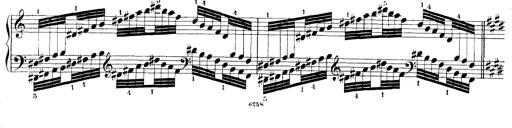
Title: Technische Studien
Composer: Franz Liszt